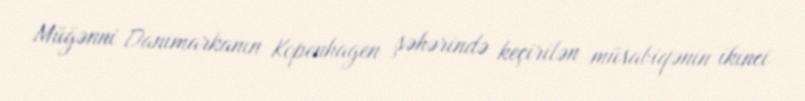
Müğənni Danimarkanın Kopenhagen şəhərində keçirilən müsabiqənin ikinci